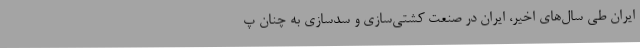
ایران طی سال‌های اخیر، ایران در صنعت کشتی‌سازی و سدسازی به چنان پ